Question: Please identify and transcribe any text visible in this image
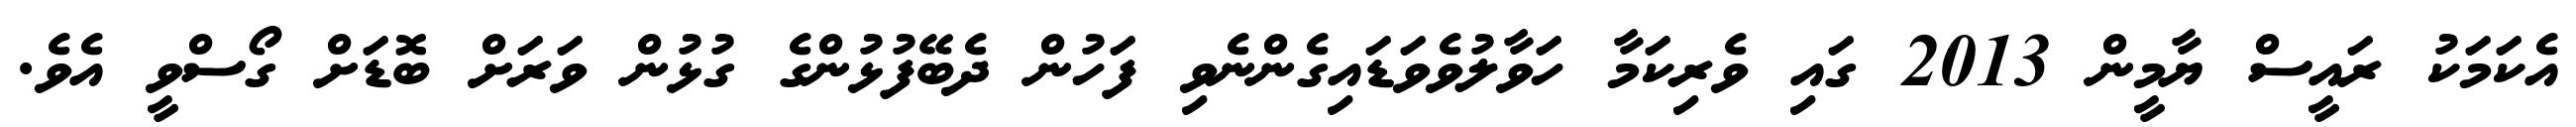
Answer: އެކަމަކު ރައީސް ޔާމީން 2013 ގައި ވެރިކަމާ ހަވާލުވެވަޑައިގެންނެވި ފަހުން ދެބޭފުޅުންގެ ގުޅުން ވަރަށް ބޮޑަށް ގޯސްވީ އެވެ.